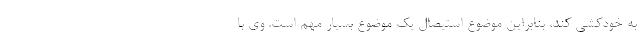
به خودکشی کند، بنابراین موضوع استیصال یک موضوع بسیار مهم است. وی با